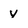
Character: y